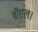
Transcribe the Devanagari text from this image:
बीएल।